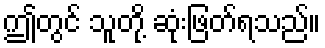
ဤတွင် သူတို့ ဆုံးဖြတ်ရသည်။